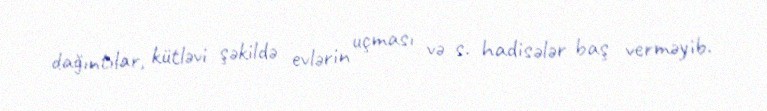
dağıntılar, kütləvi şəkildə evlərin uçması və s. hadisələr baş verməyib.